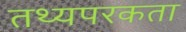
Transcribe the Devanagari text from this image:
तथ्यपरकता